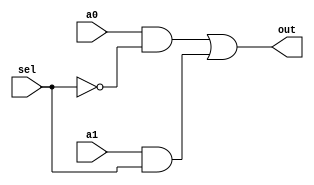
module mux(a0,a1,sel,out);

	 input a0,a1,sel;
	 output out;
  	 wire not_sel;
    wire temp1,temp2;
    wire Data_out_temp;

    not n1(not_sel,sel);  
    and and_1(temp1,a0,not_sel);
    and and_2(temp2,a1,sel);
    or or_1(out,temp1,temp2);
	
endmodule